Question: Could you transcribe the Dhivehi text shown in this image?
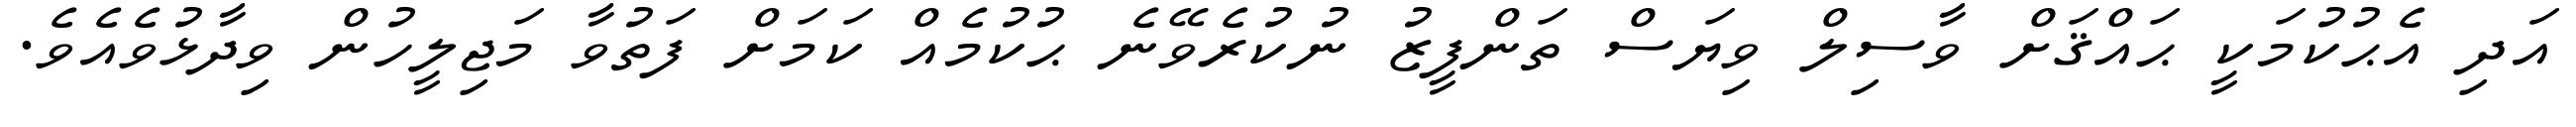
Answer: އަދި އެޙުކުމަކީ ޙައްޤަށް ވާސިލް ވިޔަސް ތަންފީޒު ނުކުރެވޭނެ ޙުކުމެއް ކަމަށް ފަތުވާ މަޖިލީހުން ވިދާޅުވެއެވެ.